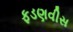
ફડણવીસ